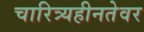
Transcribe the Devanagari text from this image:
चारित्र्यहीनतेवर